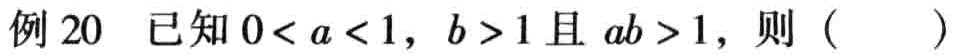
例20 已知\(0 < a < 1\)，\(b > 1\)且\(ab > 1\)，则（  ）